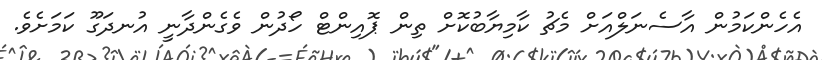
އެހެންކަމުން އާސެނަލްއަށް މެޗު ކާމިޔާބުކޮށް ތިން ޕޮއިންޓް ހޯދުން ވެގެންދާނީ އުނދަގޫ ކަމަށެވެ.